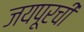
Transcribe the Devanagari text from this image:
जयपूरची